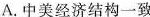
A.中美经济结构一致